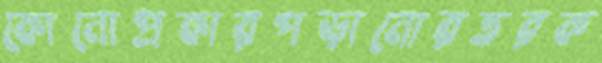
কোনোপ্রকারপড়ানোরতরক